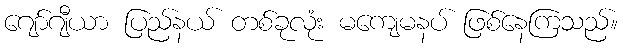
ဂျော်ဂျီယာ ပြည်နယ် တစ်ခုလုံး မကျေမနပ် ဖြစ်နေကြသည်။